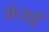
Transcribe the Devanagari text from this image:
कंजई